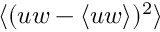
\langle ( u w - \langle u w \rangle ) ^ { 2 } \rangle